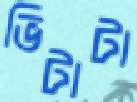
ভিটাটা